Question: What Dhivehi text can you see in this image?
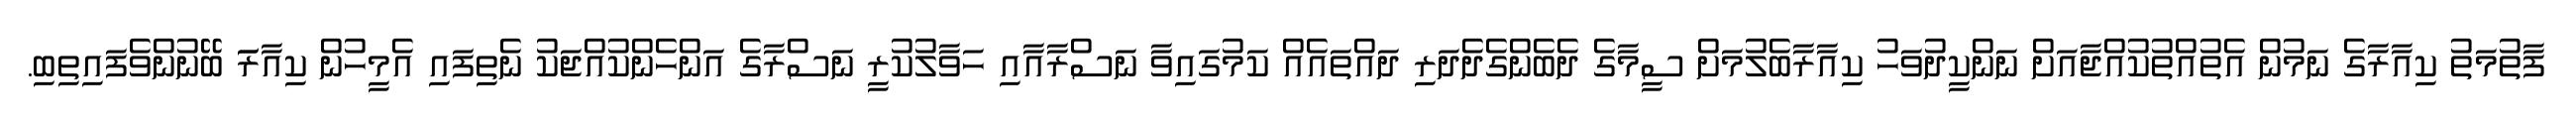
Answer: ފާތުމަތު ކިއާރާގެ ނަމުން އެތުއްތުކުއްޖާއަށް ނަންކީދުވަހު ކިއާރާބެލުމަށް ސީމާގެ ދެބެންގެދެދަރި ދައްތައެއް ކަމުގައިވާ ނަސްރާއާއި ހަވާލުކުރީ ނަސްރާގެ އަންހެންކުއްޖަކު ނެތިފައި އެމީހުން ކިއާރަަ ބޭނުންވެފައިތިބި.